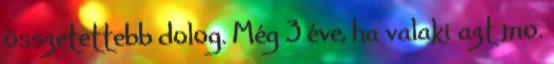
összetettebb dolog. Még 3 éve, ha valaki azt mo.